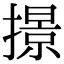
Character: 撔